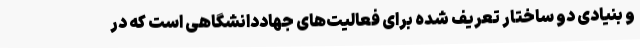
و بنیادی دو ساختار تعریف شده برای فعالیت‌های جهاددانشگاهی است که در